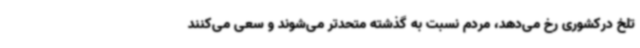
تلخ درکشوری رخ می‌دهد، مردم نسبت به گذشته متحدتر می‌شوند و سعی می‌کنند